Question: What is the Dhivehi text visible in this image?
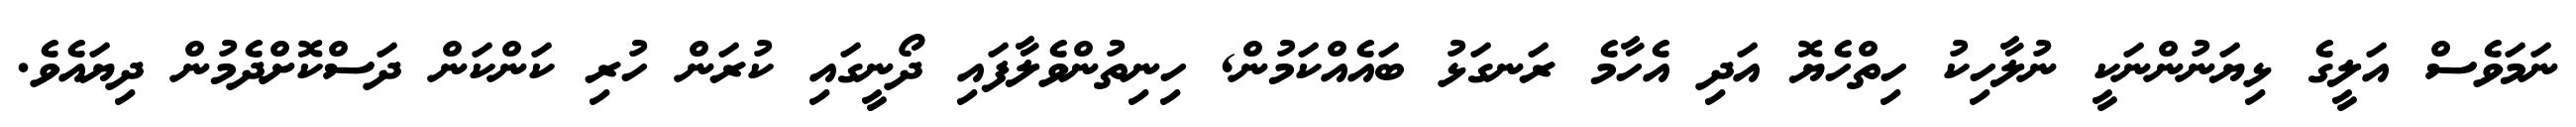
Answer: ނަމަވެސް އަލީގެ ޅިޔަނުންނަކީ ނުލާހިކު ހިތްހެޔޮ އަދި އެހާމެ ރަނގަޅު ބައެއްކަމުން, ހިނިތުންވެލާފައި ދޯނީގައި ކުރަން ހުރި ކަންކަން ދަސްކޮށްދެމުން ދިޔައެވެ.